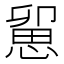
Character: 𢞭